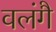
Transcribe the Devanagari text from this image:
वलंगै